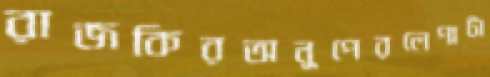
রাজকিরঅনুপেরলেপাটা